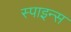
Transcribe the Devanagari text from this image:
स्पाइन्स